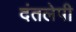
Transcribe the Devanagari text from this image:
दंतलेपी